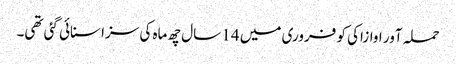
حملہ آور اوازاکی کو فروری میں 14 سال چھ ماہ کی سزا سنائی گئی تھی۔